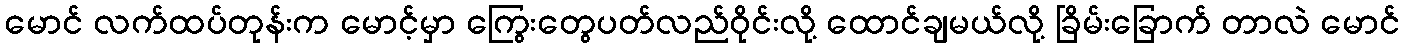
မောင် လက်ထပ်တုန်းက မောင့်မှာ ကြွေးတွေပတ်လည်ဝိုင်းလို့ ထောင်ချမယ်လို့ ခြိမ်းခြောက် တာလဲ မောင်